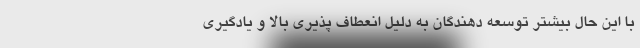
با این حال بیشتر توسعه دهندگان به دلیل انعطاف پذیری بالا و یادگیری